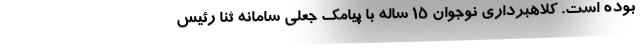
بوده است. کلاهبرداری نوجوان ۱۵ ساله با پیامک جعلی سامانه ثنا رئیس